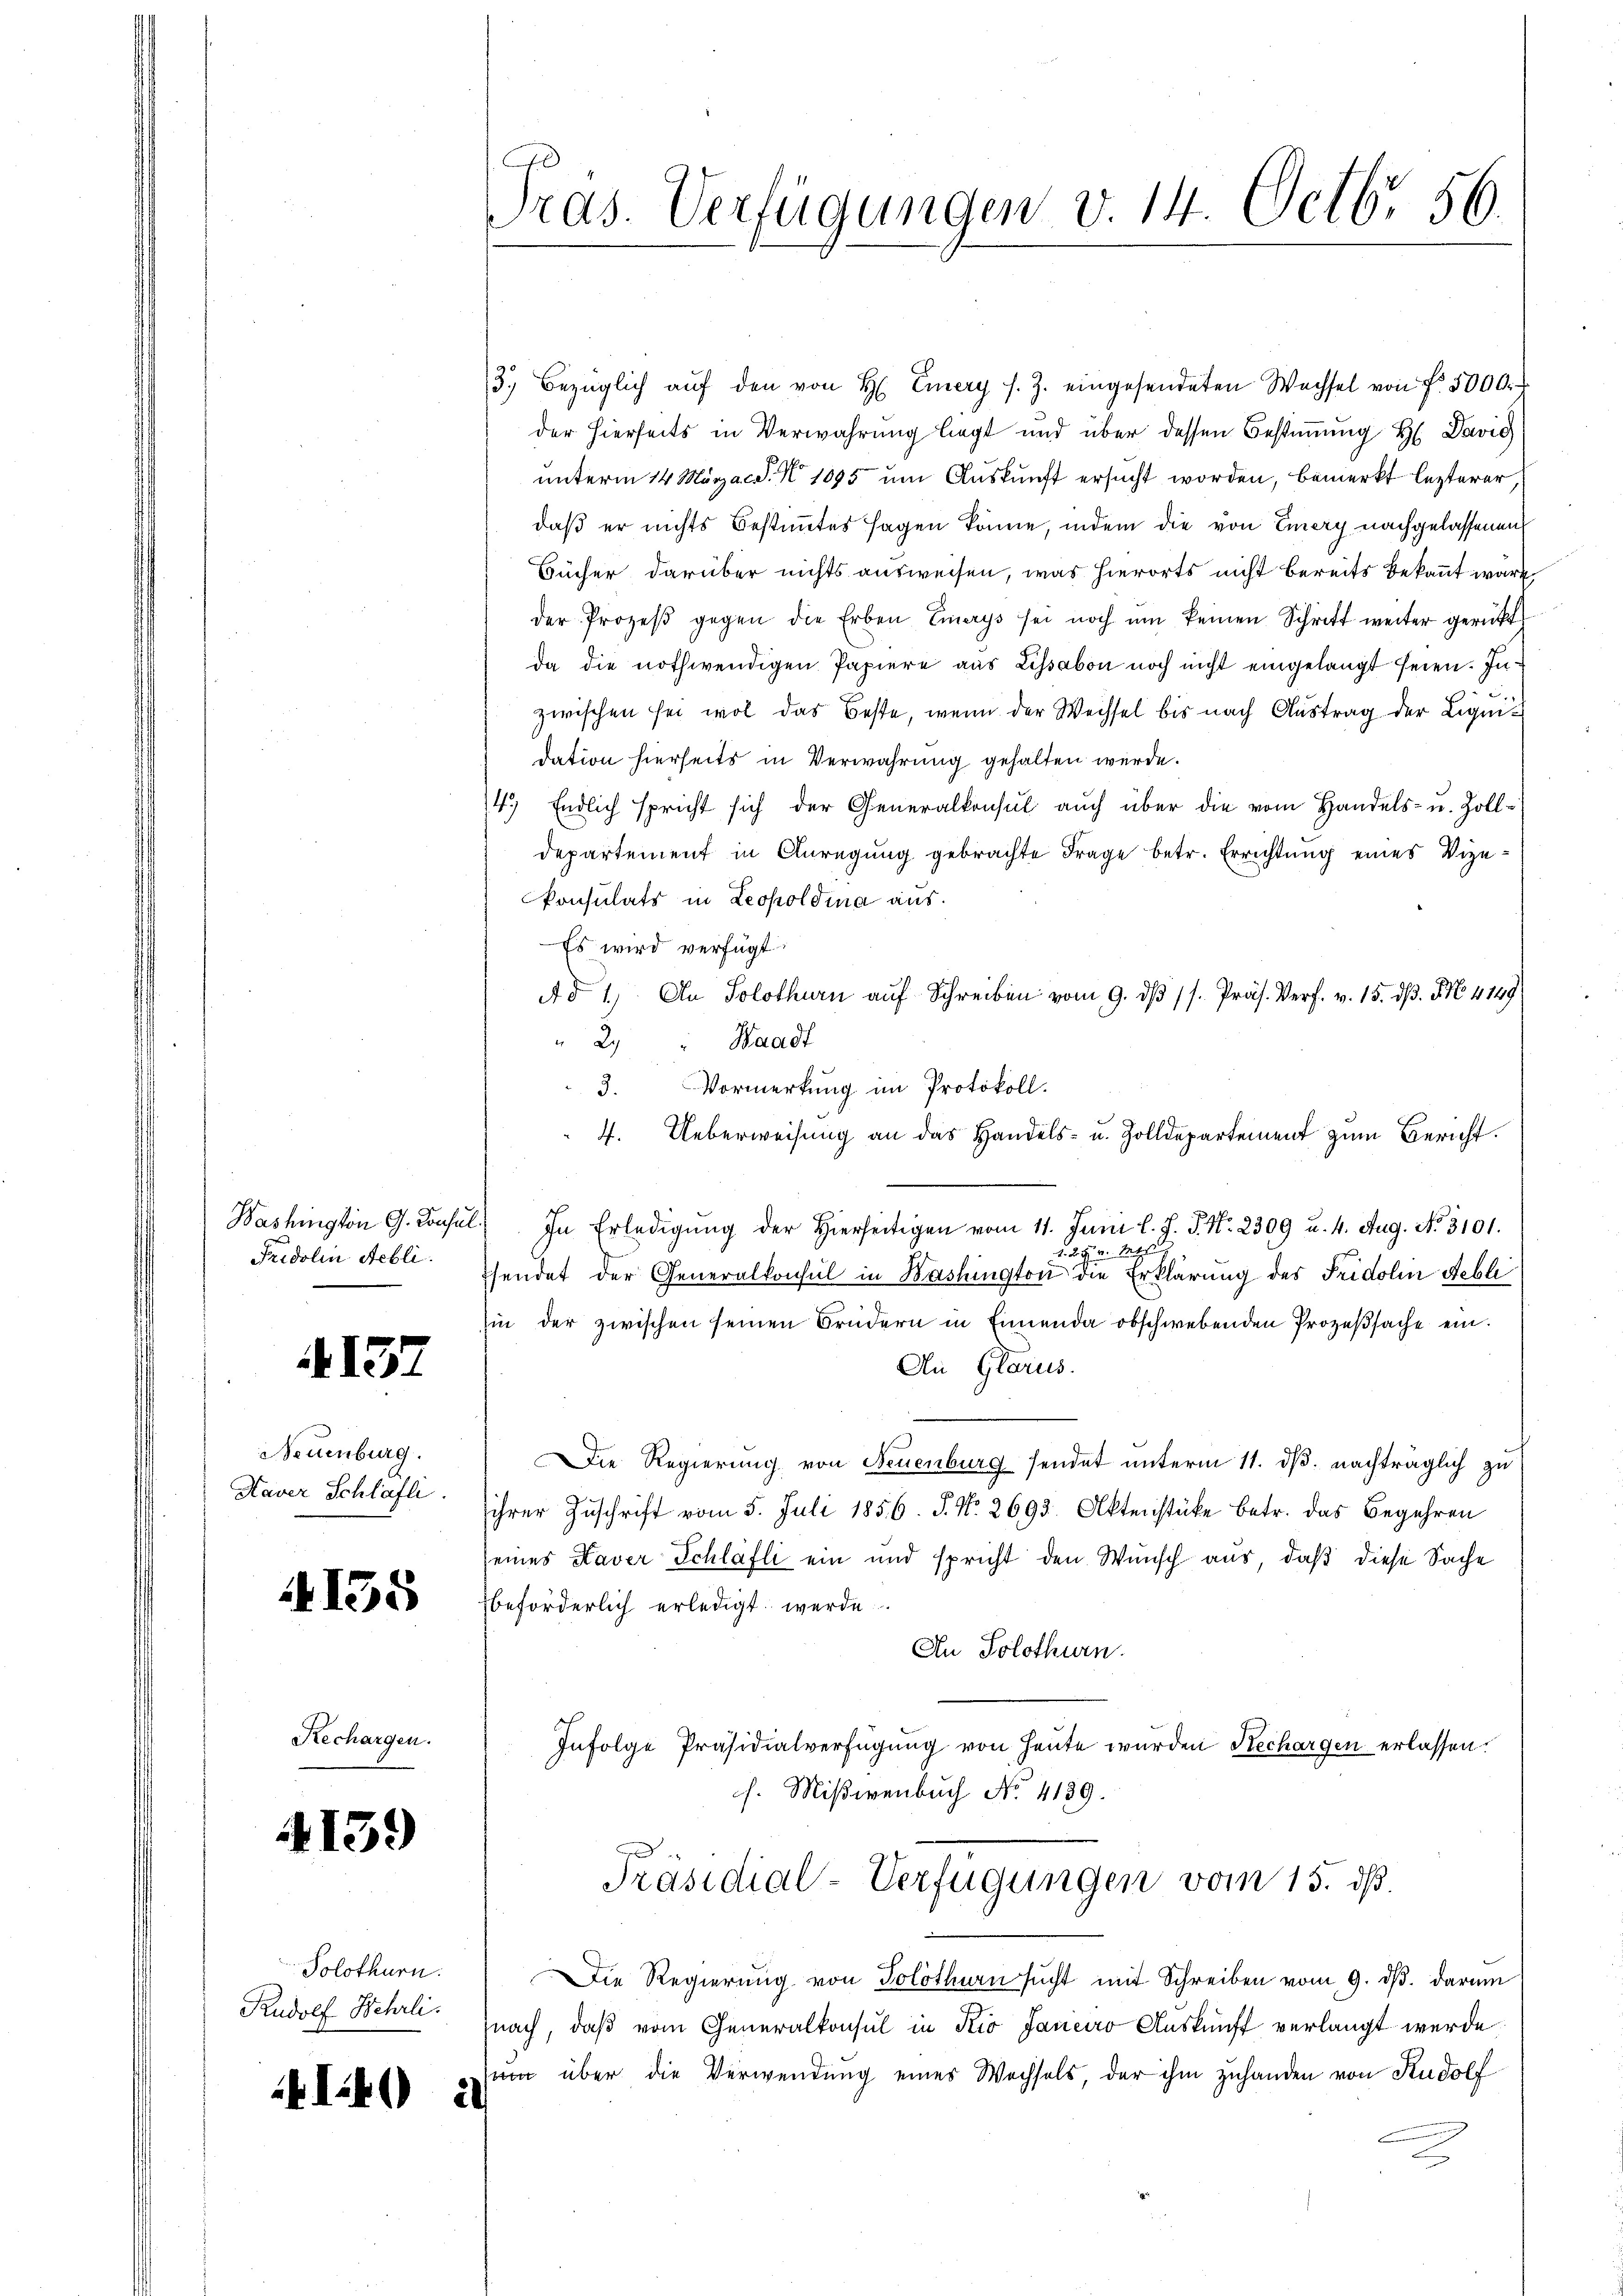
Washington G. Konsul
Fridolin Aebli

137

Neuenburg.
Kaver Schlafli

4155

Rechargen.

4139

Solothurn.
Rudolf Hehrli

I0):

ras. Verfügungen v. 14. Octbr. 56.

3.) Bezüglich aŭf den von H. Emery s. Z. eingesendeten Wechsel von Fr. 5000.
der hierseits in Verwahrung liegt und über dessen Bestimmung H. David
unterm 14 März a.d. 1095 um Auskunft ersucht worden, bemerkt lezterer,
daß er nichts Bestimmtes sagen könne, indem die von Emery nachgelassenen
Bücher darüber nichts ausweisen, was hierorts nicht bereits bekannt wäre
der Prozeβ gegen die Erben Emerys sei noch ŭm keinen Schrift weiter gerückt
da die nothwendigen Papiere aus Lissabon noch nicht eingelangt seien. Inzwischen sei wol das Beste, wenn der Wechsel bis nach Austrag der Liquidation hierseits in Verwahrung gehalten werde.
4.) Endlich spricht sich der Generalkonsul auch über die vom Handels- u. Zoll-
departement in Anregŭng gebrachte Frage betr. Errichtung eines Vize-
konsulats in Leopoldina aus.
Es wird verfügt:
Ad 1) An Solothurn aŭf Schreiben vom 9. dβ 1s. Präs. Verf. v. 15. dβ. NNo. 4149
" 2 " Waadt
3. Vormerkung im Protokoll.
4. Ueberweisung an das Handels- u. Zolldepartement zum Bericht.
2) In Erledigŭng der hierseitigen vom 11. Juni l. J. J. No. 2309 u. 4. Aug. No. 3101.
1. 2. F. v. Mts.
sendet der Generalkonsul in Washington die Erklärung des Fridolin Rebli
sin der zwischen seinen Brüdern in Ennenda obschwebenden Prozeßsache ein¬
An Glarus.
Die Regierung von Feuenburg sendet unterm 11. ds. nachträglich zu
ihrer Zuschrift vom 5. Juli 1856. J. No. 2693. Aktenstüke betr. das Begehren
seines Kaver Schlafli ein und spricht den Wunsch aus, daß diese Sache
beförderlich erledigt werde
An Solothurn.
Infolge Präsidialverfügung von Heute wurden Rechargen erlassen.
h. Mißivenbuch No. 4189.

Präsidial-Verfügungen vom 15. ds.

Die Regierung von Solothurn sucht mit Schreiben vom 9. ds. darum
nach, daß vom Generalkonsul in Kio Janeiro Auskunft verlangt werde
um über die Verwendung eines Wechsels, der ihm zuhanden von Rudolf
d